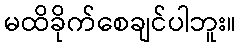
မထိခိုက်စေချင်ပါဘူး။